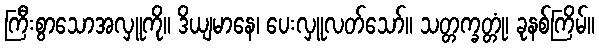
ကြီးစွာသောအလှူကို။ ဒိယျမာနေ၊ ပေးလှူလတ်သော်။ သတ္တက္ခတ္တုံ၊ ခုနစ်ကြိမ်။